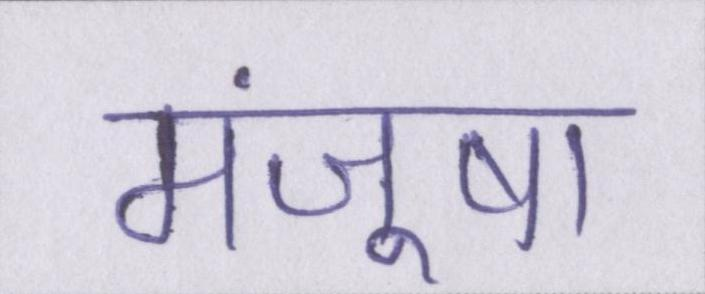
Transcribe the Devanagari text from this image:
मंजूषा